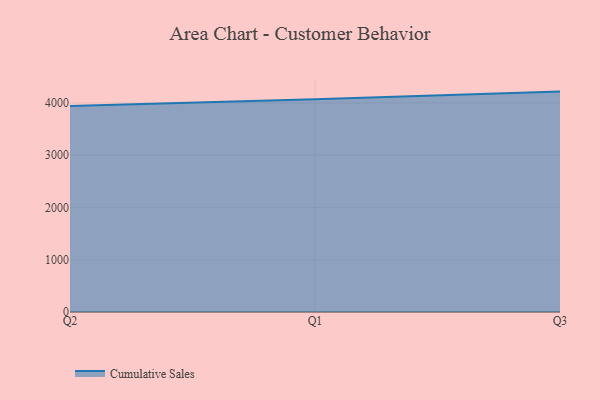
{"axis": {"x": "Quarter", "y": "Page Views"}, "legend": ["Cumulative Sales"], "data": [{"x": "Q2", "y": 3939.2, "type": "Cumulative Sales"}, {"x": "Q1", "y": 4070.0, "type": "Cumulative Sales"}, {"x": "Q3", "y": 4216.6, "type": "Cumulative Sales"}]}